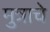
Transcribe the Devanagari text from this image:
मुत्राचे